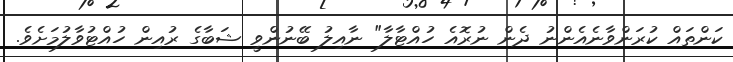
ކަންތައް ކުރަންވާނެއެންނު ދެން ނުރޮއެ ހުއްޓާލާ" ނާއިލު ބޭނުންވީ ޝަބާގެ ރުއިން ހުއްޓުވާލުމަށެވެ.